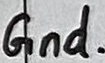
Text: Gnd.